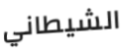
الشيطاني